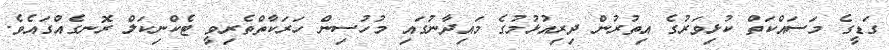
ގަޑީގެ މަސައްކަތް ކުޅިވަރުގެ އިތުރުން ދިރިއުޅުމުގެ މައިދާނުގައި މުހުސިން ހަރަކާތްތެރިވީ ޓެކްނިކަލް ރޮނގެއްގައެވެ.